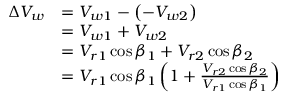
{ \begin{array} { r l } { \Delta V _ { w } } & { = V _ { w 1 } - \left( - V _ { w 2 } \right) } \\ & { = V _ { w 1 } + V _ { w 2 } } \\ & { = V _ { r 1 } \cos \beta _ { 1 } + V _ { r 2 } \cos \beta _ { 2 } } \\ & { = V _ { r 1 } \cos \beta _ { 1 } \left( 1 + { \frac { V _ { r 2 } \cos \beta _ { 2 } } { V _ { r 1 } \cos \beta _ { 1 } } } \right) } \end{array} }